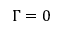
\Gamma = 0